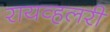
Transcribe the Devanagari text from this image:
रायव्हलरी